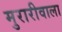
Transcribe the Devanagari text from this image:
मुरारीवाला